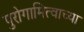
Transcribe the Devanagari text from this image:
पुरोगामित्वाच्या